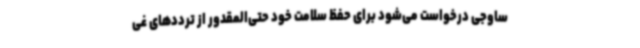
ساوجی درخواست می‌شود برای حفظ سلامت خود حتی‌المقدور از ترددهای غی